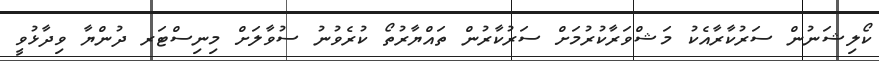
ކޯލިޝަނުން ސަރުކާރާއެކު މަޝްވަރާކުރުމަށް ސަރުކާރުން ތައްޔާރުތޯ ކުރެވުނު ސުވާލަށް މިނިސްޓަރ ދުންޔާ ވިދާޅުވީ